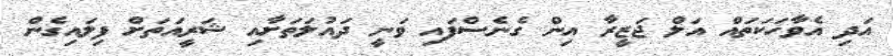
އަދި އެވާހަކަތައް އަލް ޖަޒީރާ އިން ގެނެސްފައި ވަނީ ދައުލަތަށާއި ޝަރީއަތަށް ފިލައިގެން